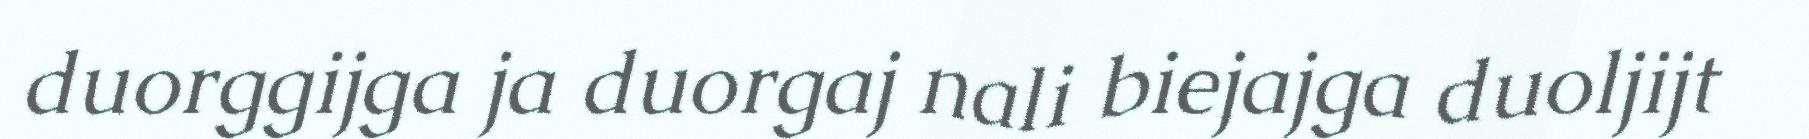
duorggijga ja duorgaj nali biejajga duoljijt